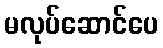
မလုပ်ဆောင်ပေ